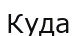
Куда